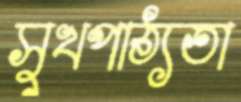
সুখপাঠ্যতা